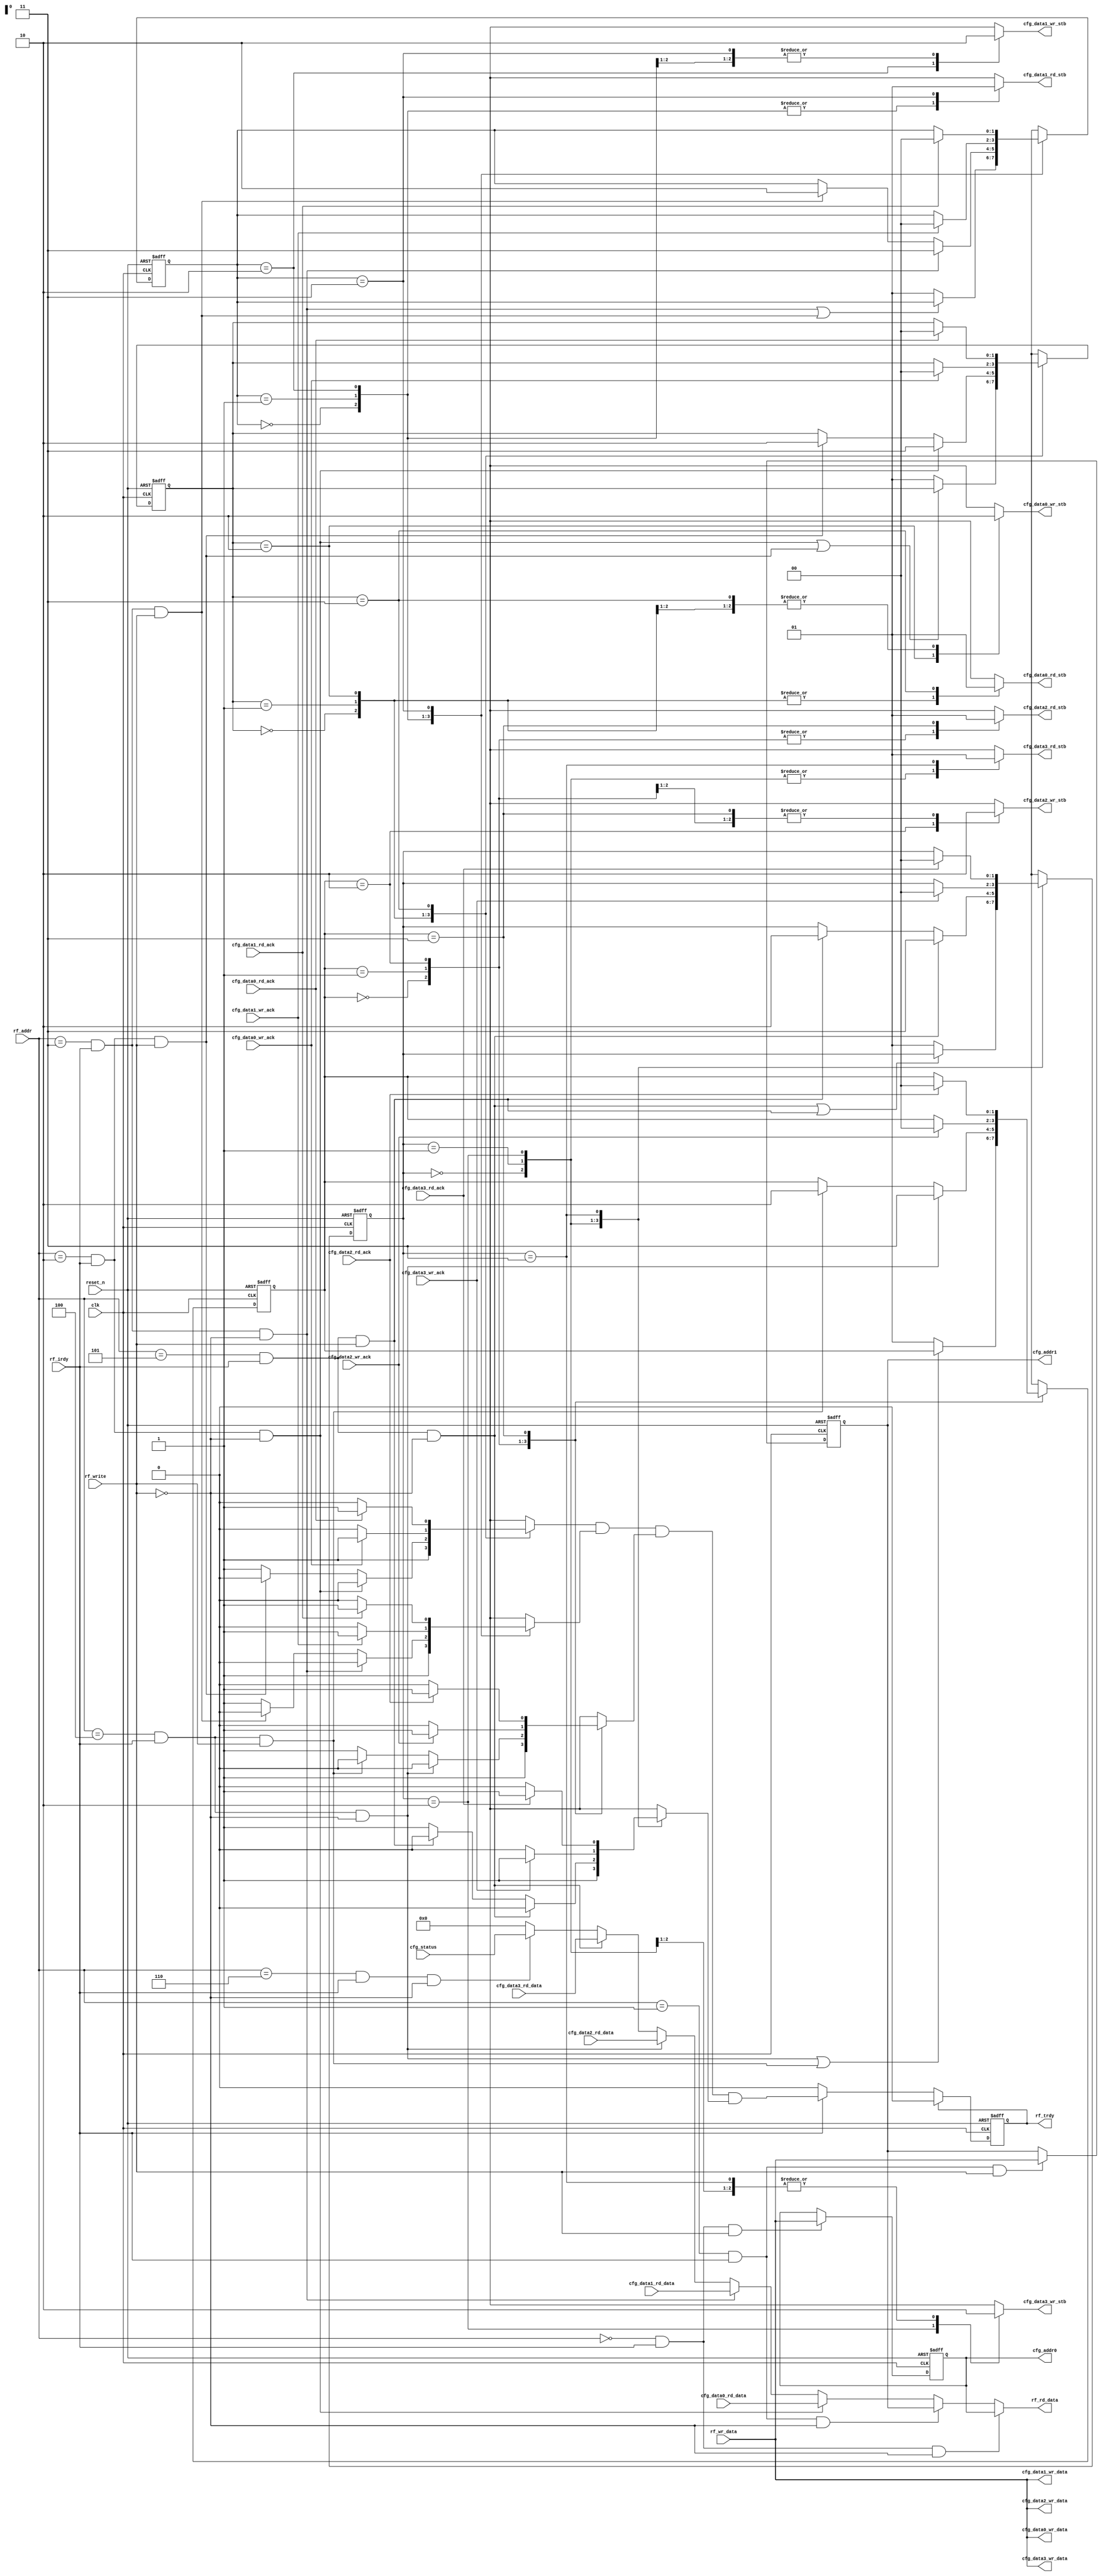
module lcfg_cfgo_regs (
clk,reset_n,rf_irdy,rf_trdy,rf_write,rf_addr,rf_wr_data,rf_rd_data,cfg_addr0,cfg_addr1,cfg_data0_wr_stb,cfg_data0_rd_stb,cfg_data0_wr_data,cfg_data0_rd_data,cfg_data0_rd_ack,cfg_data0_wr_ack,cfg_data1_wr_stb,cfg_data1_rd_stb,cfg_data1_wr_data,cfg_data1_rd_data,cfg_data1_rd_ack,cfg_data1_wr_ack,cfg_data2_wr_stb,cfg_data2_rd_stb,cfg_data2_wr_data,cfg_data2_rd_data,cfg_data2_rd_ack,cfg_data2_wr_ack,cfg_data3_wr_stb,cfg_data3_rd_stb,cfg_data3_wr_data,cfg_data3_rd_data,cfg_data3_rd_ack,cfg_data3_wr_ack,cfg_status);
input clk;
input reset_n;
input rf_irdy;
output rf_trdy;
input rf_write;
input [3:0] rf_addr;
input [7:0] rf_wr_data;
output [7:0] rf_rd_data;
output [7:0] cfg_addr0;
output [7:0] cfg_addr1;
output cfg_data0_wr_stb;
output cfg_data0_rd_stb;
output [7:0] cfg_data0_wr_data;
input [7:0] cfg_data0_rd_data;
input cfg_data0_rd_ack;
input cfg_data0_wr_ack;
output cfg_data1_wr_stb;
output cfg_data1_rd_stb;
output [7:0] cfg_data1_wr_data;
input [7:0] cfg_data1_rd_data;
input cfg_data1_rd_ack;
input cfg_data1_wr_ack;
output cfg_data2_wr_stb;
output cfg_data2_rd_stb;
output [7:0] cfg_data2_wr_data;
input [7:0] cfg_data2_rd_data;
input cfg_data2_rd_ack;
input cfg_data2_wr_ack;
output cfg_data3_wr_stb;
output cfg_data3_rd_stb;
output [7:0] cfg_data3_wr_data;
input [7:0] cfg_data3_rd_data;
input cfg_data3_rd_ack;
input cfg_data3_wr_ack;
input [7:0] cfg_status;
reg [7:0] rf_rd_data;
reg nxt_rf_trdy;
reg rf_trdy;
reg [7:0] cfg_addr0;
reg [7:0] nxt_cfg_addr0;
reg cfg_addr0_rd_sel;
reg cfg_addr0_wr_sel;
reg [7:0] cfg_addr1;
reg [7:0] nxt_cfg_addr1;
reg cfg_addr1_rd_sel;
reg cfg_addr1_wr_sel;
reg cfg_data0_rd_sel;
reg cfg_data0_wr_sel;
reg cfg_data0_rd_stb;
reg cfg_data0_wr_stb;
reg cfg_data0_wait_n;
reg [7:0] cfg_data0;
reg [7:0] cfg_data0_wr_data;
reg [1:0] sm_cfg_data0_state;
reg [1:0] nxt_sm_cfg_data0_state;
reg cfg_data1_rd_sel;
reg cfg_data1_wr_sel;
reg cfg_data1_rd_stb;
reg cfg_data1_wr_stb;
reg cfg_data1_wait_n;
reg [7:0] cfg_data1;
reg [7:0] cfg_data1_wr_data;
reg [1:0] sm_cfg_data1_state;
reg [1:0] nxt_sm_cfg_data1_state;
reg cfg_data2_rd_sel;
reg cfg_data2_wr_sel;
reg cfg_data2_rd_stb;
reg cfg_data2_wr_stb;
reg cfg_data2_wait_n;
reg [7:0] cfg_data2;
reg [7:0] cfg_data2_wr_data;
reg [1:0] sm_cfg_data2_state;
reg [1:0] nxt_sm_cfg_data2_state;
reg cfg_data3_rd_sel;
reg cfg_data3_wr_sel;
reg cfg_data3_rd_stb;
reg cfg_data3_wr_stb;
reg cfg_data3_wait_n;
reg [7:0] cfg_data3;
reg [7:0] cfg_data3_wr_data;
reg [1:0] sm_cfg_data3_state;
reg [1:0] nxt_sm_cfg_data3_state;
reg cfg_status_rd_sel;
always @*
  begin
    cfg_addr0_rd_sel = (rf_addr[3:0] == 0) & rf_irdy & !rf_write;
    cfg_addr0_wr_sel = (rf_addr[3:0] == 0) & rf_irdy & rf_write;

    cfg_addr1_rd_sel = (rf_addr[3:0] == 1) & rf_irdy & !rf_write;
    cfg_addr1_wr_sel = (rf_addr[3:0] == 1) & rf_irdy & rf_write;

    cfg_data0_rd_sel = (rf_addr[3:0] == 2) & rf_irdy & !rf_write;
    cfg_data0_wr_sel = (rf_addr[3:0] == 2) & rf_irdy & rf_write;

    cfg_data1_rd_sel = (rf_addr[3:0] == 3) & rf_irdy & !rf_write;
    cfg_data1_wr_sel = (rf_addr[3:0] == 3) & rf_irdy & rf_write;

    cfg_data2_rd_sel = (rf_addr[3:0] == 4) & rf_irdy & !rf_write;
    cfg_data2_wr_sel = (rf_addr[3:0] == 4) & rf_irdy & rf_write;

    cfg_data3_rd_sel = (rf_addr[3:0] == 5) & rf_irdy & !rf_write;
    cfg_data3_wr_sel = (rf_addr[3:0] == 5) & rf_irdy & rf_write;

    cfg_status_rd_sel = (rf_addr[3:0] == 6) & rf_irdy & !rf_write;
  end
always @*
  begin
    case (1'b1)
      cfg_addr0_rd_sel : rf_rd_data = cfg_addr0;
      cfg_addr1_rd_sel : rf_rd_data = cfg_addr1;
      cfg_data0_rd_sel : rf_rd_data = cfg_data0;
      cfg_data1_rd_sel : rf_rd_data = cfg_data1;
      cfg_data2_rd_sel : rf_rd_data = cfg_data2;
      cfg_data3_rd_sel : rf_rd_data = cfg_data3;
      cfg_status_rd_sel : rf_rd_data = cfg_status;
      default : rf_rd_data = 8'b0;
    endcase
  end
always @*
  begin
    if (rf_trdy) nxt_rf_trdy = 0;
    else if (rf_irdy) nxt_rf_trdy = cfg_data0_wait_n & cfg_data1_wait_n & cfg_data2_wait_n & cfg_data3_wait_n;
    else nxt_rf_trdy = 0;
  end
always @(posedge clk or negedge reset_n)
  begin
    if (~reset_n) rf_trdy <= #1 0;
    else rf_trdy <= #1 nxt_rf_trdy;
  end
// config: cfg_addr0
always @*
  begin
    if (cfg_addr0_wr_sel) nxt_cfg_addr0 = rf_wr_data;
    else nxt_cfg_addr0 = cfg_addr0;
  end
always @(posedge clk or negedge reset_n)
  begin
    if (~reset_n) cfg_addr0 <= #1 8'h0;
    else cfg_addr0 <= #1 nxt_cfg_addr0;
  end
// config: cfg_addr1
always @*
  begin
    if (cfg_addr1_wr_sel) nxt_cfg_addr1 = rf_wr_data;
    else nxt_cfg_addr1 = cfg_addr1;
  end
always @(posedge clk or negedge reset_n)
  begin
    if (~reset_n) cfg_addr1 <= #1 8'h0;
    else cfg_addr1 <= #1 nxt_cfg_addr1;
  end
// state machine sm_cfg_data0
parameter st_sm_cfg_data0_w_clear = 0;
parameter st_sm_cfg_data0_idle = 1;
parameter st_sm_cfg_data0_wr_req = 2;
parameter st_sm_cfg_data0_rd_req = 3;
always @*
  begin
    cfg_data0_rd_stb = 0;
    cfg_data0_wr_stb = 0;
    cfg_data0_wait_n = 1;
    nxt_sm_cfg_data0_state = sm_cfg_data0_state;
    case (sm_cfg_data0_state)
    st_sm_cfg_data0_w_clear : 
      begin
        if (~(cfg_data0_rd_sel | cfg_data0_wr_sel))
        begin
        nxt_sm_cfg_data0_state = st_sm_cfg_data0_idle;
        end
      end
    st_sm_cfg_data0_idle : 
      begin
        if (cfg_data0_rd_sel)
        begin
        nxt_sm_cfg_data0_state = st_sm_cfg_data0_rd_req;
        cfg_data0_wait_n = 0;
        end
        else if (cfg_data0_wr_sel)
        begin
        nxt_sm_cfg_data0_state = st_sm_cfg_data0_wr_req;
        cfg_data0_wait_n = 0;
        end
      end
    st_sm_cfg_data0_wr_req : 
      begin
        if (cfg_data0_wr_ack)
        begin
        nxt_sm_cfg_data0_state = st_sm_cfg_data0_w_clear;
        end
        else if (!cfg_data0_wr_ack)
        begin
        cfg_data0_wait_n = 0;
        end
        cfg_data0_wr_stb = 1;
      end
    st_sm_cfg_data0_rd_req : 
      begin
        if (cfg_data0_rd_ack)
        begin
        nxt_sm_cfg_data0_state = st_sm_cfg_data0_w_clear;
        end
        else if (!cfg_data0_rd_ack)
        begin
        cfg_data0_wait_n = 0;
        end
        cfg_data0_rd_stb = 1;
      end
    endcase
  end
always @(posedge clk or negedge reset_n)
  begin
    if(~reset_n)
    sm_cfg_data0_state <= #1 st_sm_cfg_data0_idle;
    else
    sm_cfg_data0_state <= #1 nxt_sm_cfg_data0_state;
  end
always @*
  begin
    cfg_data0_wr_data = rf_wr_data;
    cfg_data0 = cfg_data0_rd_data;
  end
// state machine sm_cfg_data1
parameter st_sm_cfg_data1_w_clear = 0;
parameter st_sm_cfg_data1_idle = 1;
parameter st_sm_cfg_data1_wr_req = 2;
parameter st_sm_cfg_data1_rd_req = 3;
always @*
  begin
    cfg_data1_rd_stb = 0;
    cfg_data1_wr_stb = 0;
    cfg_data1_wait_n = 1;
    nxt_sm_cfg_data1_state = sm_cfg_data1_state;
    case (sm_cfg_data1_state)
    st_sm_cfg_data1_w_clear : 
      begin
        if (~(cfg_data1_rd_sel | cfg_data1_wr_sel))
        begin
        nxt_sm_cfg_data1_state = st_sm_cfg_data1_idle;
        end
      end
    st_sm_cfg_data1_idle : 
      begin
        if (cfg_data1_rd_sel)
        begin
        nxt_sm_cfg_data1_state = st_sm_cfg_data1_rd_req;
        cfg_data1_wait_n = 0;
        end
        else if (cfg_data1_wr_sel)
        begin
        nxt_sm_cfg_data1_state = st_sm_cfg_data1_wr_req;
        cfg_data1_wait_n = 0;
        end
      end
    st_sm_cfg_data1_wr_req : 
      begin
        if (cfg_data1_wr_ack)
        begin
        nxt_sm_cfg_data1_state = st_sm_cfg_data1_w_clear;
        end
        else if (!cfg_data1_wr_ack)
        begin
        cfg_data1_wait_n = 0;
        end
        cfg_data1_wr_stb = 1;
      end
    st_sm_cfg_data1_rd_req : 
      begin
        if (cfg_data1_rd_ack)
        begin
        nxt_sm_cfg_data1_state = st_sm_cfg_data1_w_clear;
        end
        else if (!cfg_data1_rd_ack)
        begin
        cfg_data1_wait_n = 0;
        end
        cfg_data1_rd_stb = 1;
      end
    endcase
  end
always @(posedge clk or negedge reset_n)
  begin
    if(~reset_n)
    sm_cfg_data1_state <= #1 st_sm_cfg_data1_idle;
    else
    sm_cfg_data1_state <= #1 nxt_sm_cfg_data1_state;
  end
always @*
  begin
    cfg_data1_wr_data = rf_wr_data;
    cfg_data1 = cfg_data1_rd_data;
  end
// state machine sm_cfg_data2
parameter st_sm_cfg_data2_w_clear = 0;
parameter st_sm_cfg_data2_idle = 1;
parameter st_sm_cfg_data2_wr_req = 2;
parameter st_sm_cfg_data2_rd_req = 3;
always @*
  begin
    cfg_data2_rd_stb = 0;
    cfg_data2_wr_stb = 0;
    cfg_data2_wait_n = 1;
    nxt_sm_cfg_data2_state = sm_cfg_data2_state;
    case (sm_cfg_data2_state)
    st_sm_cfg_data2_w_clear : 
      begin
        if (~(cfg_data2_rd_sel | cfg_data2_wr_sel))
        begin
        nxt_sm_cfg_data2_state = st_sm_cfg_data2_idle;
        end
      end
    st_sm_cfg_data2_idle : 
      begin
        if (cfg_data2_rd_sel)
        begin
        nxt_sm_cfg_data2_state = st_sm_cfg_data2_rd_req;
        cfg_data2_wait_n = 0;
        end
        else if (cfg_data2_wr_sel)
        begin
        nxt_sm_cfg_data2_state = st_sm_cfg_data2_wr_req;
        cfg_data2_wait_n = 0;
        end
      end
    st_sm_cfg_data2_wr_req : 
      begin
        if (cfg_data2_wr_ack)
        begin
        nxt_sm_cfg_data2_state = st_sm_cfg_data2_w_clear;
        end
        else if (!cfg_data2_wr_ack)
        begin
        cfg_data2_wait_n = 0;
        end
        cfg_data2_wr_stb = 1;
      end
    st_sm_cfg_data2_rd_req : 
      begin
        if (cfg_data2_rd_ack)
        begin
        nxt_sm_cfg_data2_state = st_sm_cfg_data2_w_clear;
        end
        else if (!cfg_data2_rd_ack)
        begin
        cfg_data2_wait_n = 0;
        end
        cfg_data2_rd_stb = 1;
      end
    endcase
  end
always @(posedge clk or negedge reset_n)
  begin
    if(~reset_n)
    sm_cfg_data2_state <= #1 st_sm_cfg_data2_idle;
    else
    sm_cfg_data2_state <= #1 nxt_sm_cfg_data2_state;
  end
always @*
  begin
    cfg_data2_wr_data = rf_wr_data;
    cfg_data2 = cfg_data2_rd_data;
  end
// state machine sm_cfg_data3
parameter st_sm_cfg_data3_w_clear = 0;
parameter st_sm_cfg_data3_idle = 1;
parameter st_sm_cfg_data3_wr_req = 2;
parameter st_sm_cfg_data3_rd_req = 3;
always @*
  begin
    cfg_data3_rd_stb = 0;
    cfg_data3_wr_stb = 0;
    cfg_data3_wait_n = 1;
    nxt_sm_cfg_data3_state = sm_cfg_data3_state;
    case (sm_cfg_data3_state)
    st_sm_cfg_data3_w_clear : 
      begin
        if (~(cfg_data3_rd_sel | cfg_data3_wr_sel))
        begin
        nxt_sm_cfg_data3_state = st_sm_cfg_data3_idle;
        end
      end
    st_sm_cfg_data3_idle : 
      begin
        if (cfg_data3_rd_sel)
        begin
        nxt_sm_cfg_data3_state = st_sm_cfg_data3_rd_req;
        cfg_data3_wait_n = 0;
        end
        else if (cfg_data3_wr_sel)
        begin
        nxt_sm_cfg_data3_state = st_sm_cfg_data3_wr_req;
        cfg_data3_wait_n = 0;
        end
      end
    st_sm_cfg_data3_wr_req : 
      begin
        if (cfg_data3_wr_ack)
        begin
        nxt_sm_cfg_data3_state = st_sm_cfg_data3_w_clear;
        end
        else if (!cfg_data3_wr_ack)
        begin
        cfg_data3_wait_n = 0;
        end
        cfg_data3_wr_stb = 1;
      end
    st_sm_cfg_data3_rd_req : 
      begin
        if (cfg_data3_rd_ack)
        begin
        nxt_sm_cfg_data3_state = st_sm_cfg_data3_w_clear;
        end
        else if (!cfg_data3_rd_ack)
        begin
        cfg_data3_wait_n = 0;
        end
        cfg_data3_rd_stb = 1;
      end
    endcase
  end
always @(posedge clk or negedge reset_n)
  begin
    if(~reset_n)
    sm_cfg_data3_state <= #1 st_sm_cfg_data3_idle;
    else
    sm_cfg_data3_state <= #1 nxt_sm_cfg_data3_state;
  end
always @*
  begin
    cfg_data3_wr_data = rf_wr_data;
    cfg_data3 = cfg_data3_rd_data;
  end
// status: cfg_status
endmodule